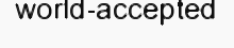
world-accepted